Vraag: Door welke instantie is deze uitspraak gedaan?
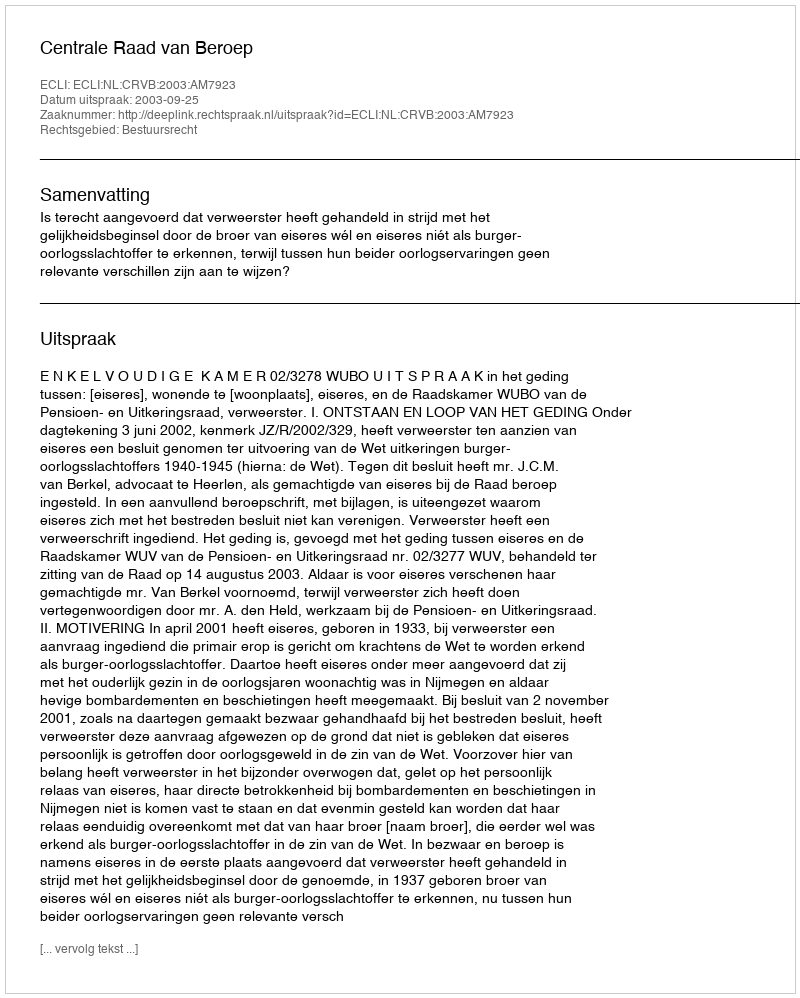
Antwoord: Centrale Raad van Beroep